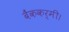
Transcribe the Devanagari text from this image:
बैंककर्मी।